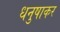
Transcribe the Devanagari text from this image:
धनुषाकर